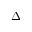
\Delta